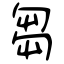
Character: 芻